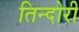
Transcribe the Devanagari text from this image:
तिन्दोरी